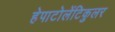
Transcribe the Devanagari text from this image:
हेपाटोलेंटिकुलर